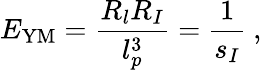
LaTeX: E_{\mathrm{YM}}=\frac{R_{l}R_{I}}{l_{p}^{3}}=\frac{1}{s_{I}}\ ,